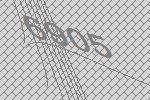
6905